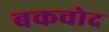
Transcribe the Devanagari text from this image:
बकचोद